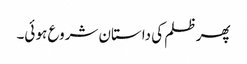
پھر ظلم کی داستان شروع ہو ئی۔